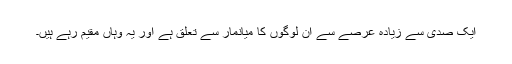
ایک صدی سے زیادہ عرصے سے ان لوگوں کا میانمار سے تعلق ہے اور یہ وہاں مقیم رہے ہیں۔